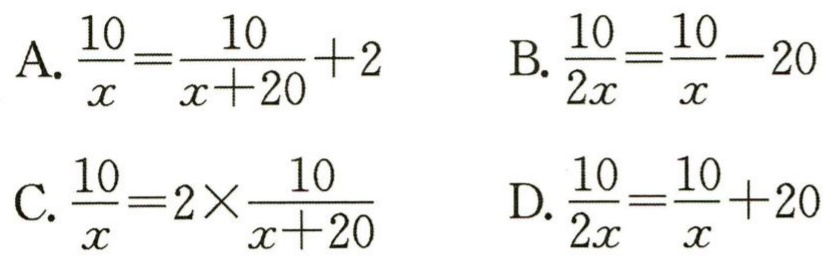
A. $\frac{10}{x}=\frac{10}{x + 20}+2$

B. $\frac{10}{2x}=\frac{10}{x}-20$

C. $\frac{10}{x}=2\times\frac{10}{x + 20}$

D. $\frac{10}{2x}=\frac{10}{x}+20$